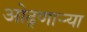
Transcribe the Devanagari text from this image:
ओढ्णार्‍या